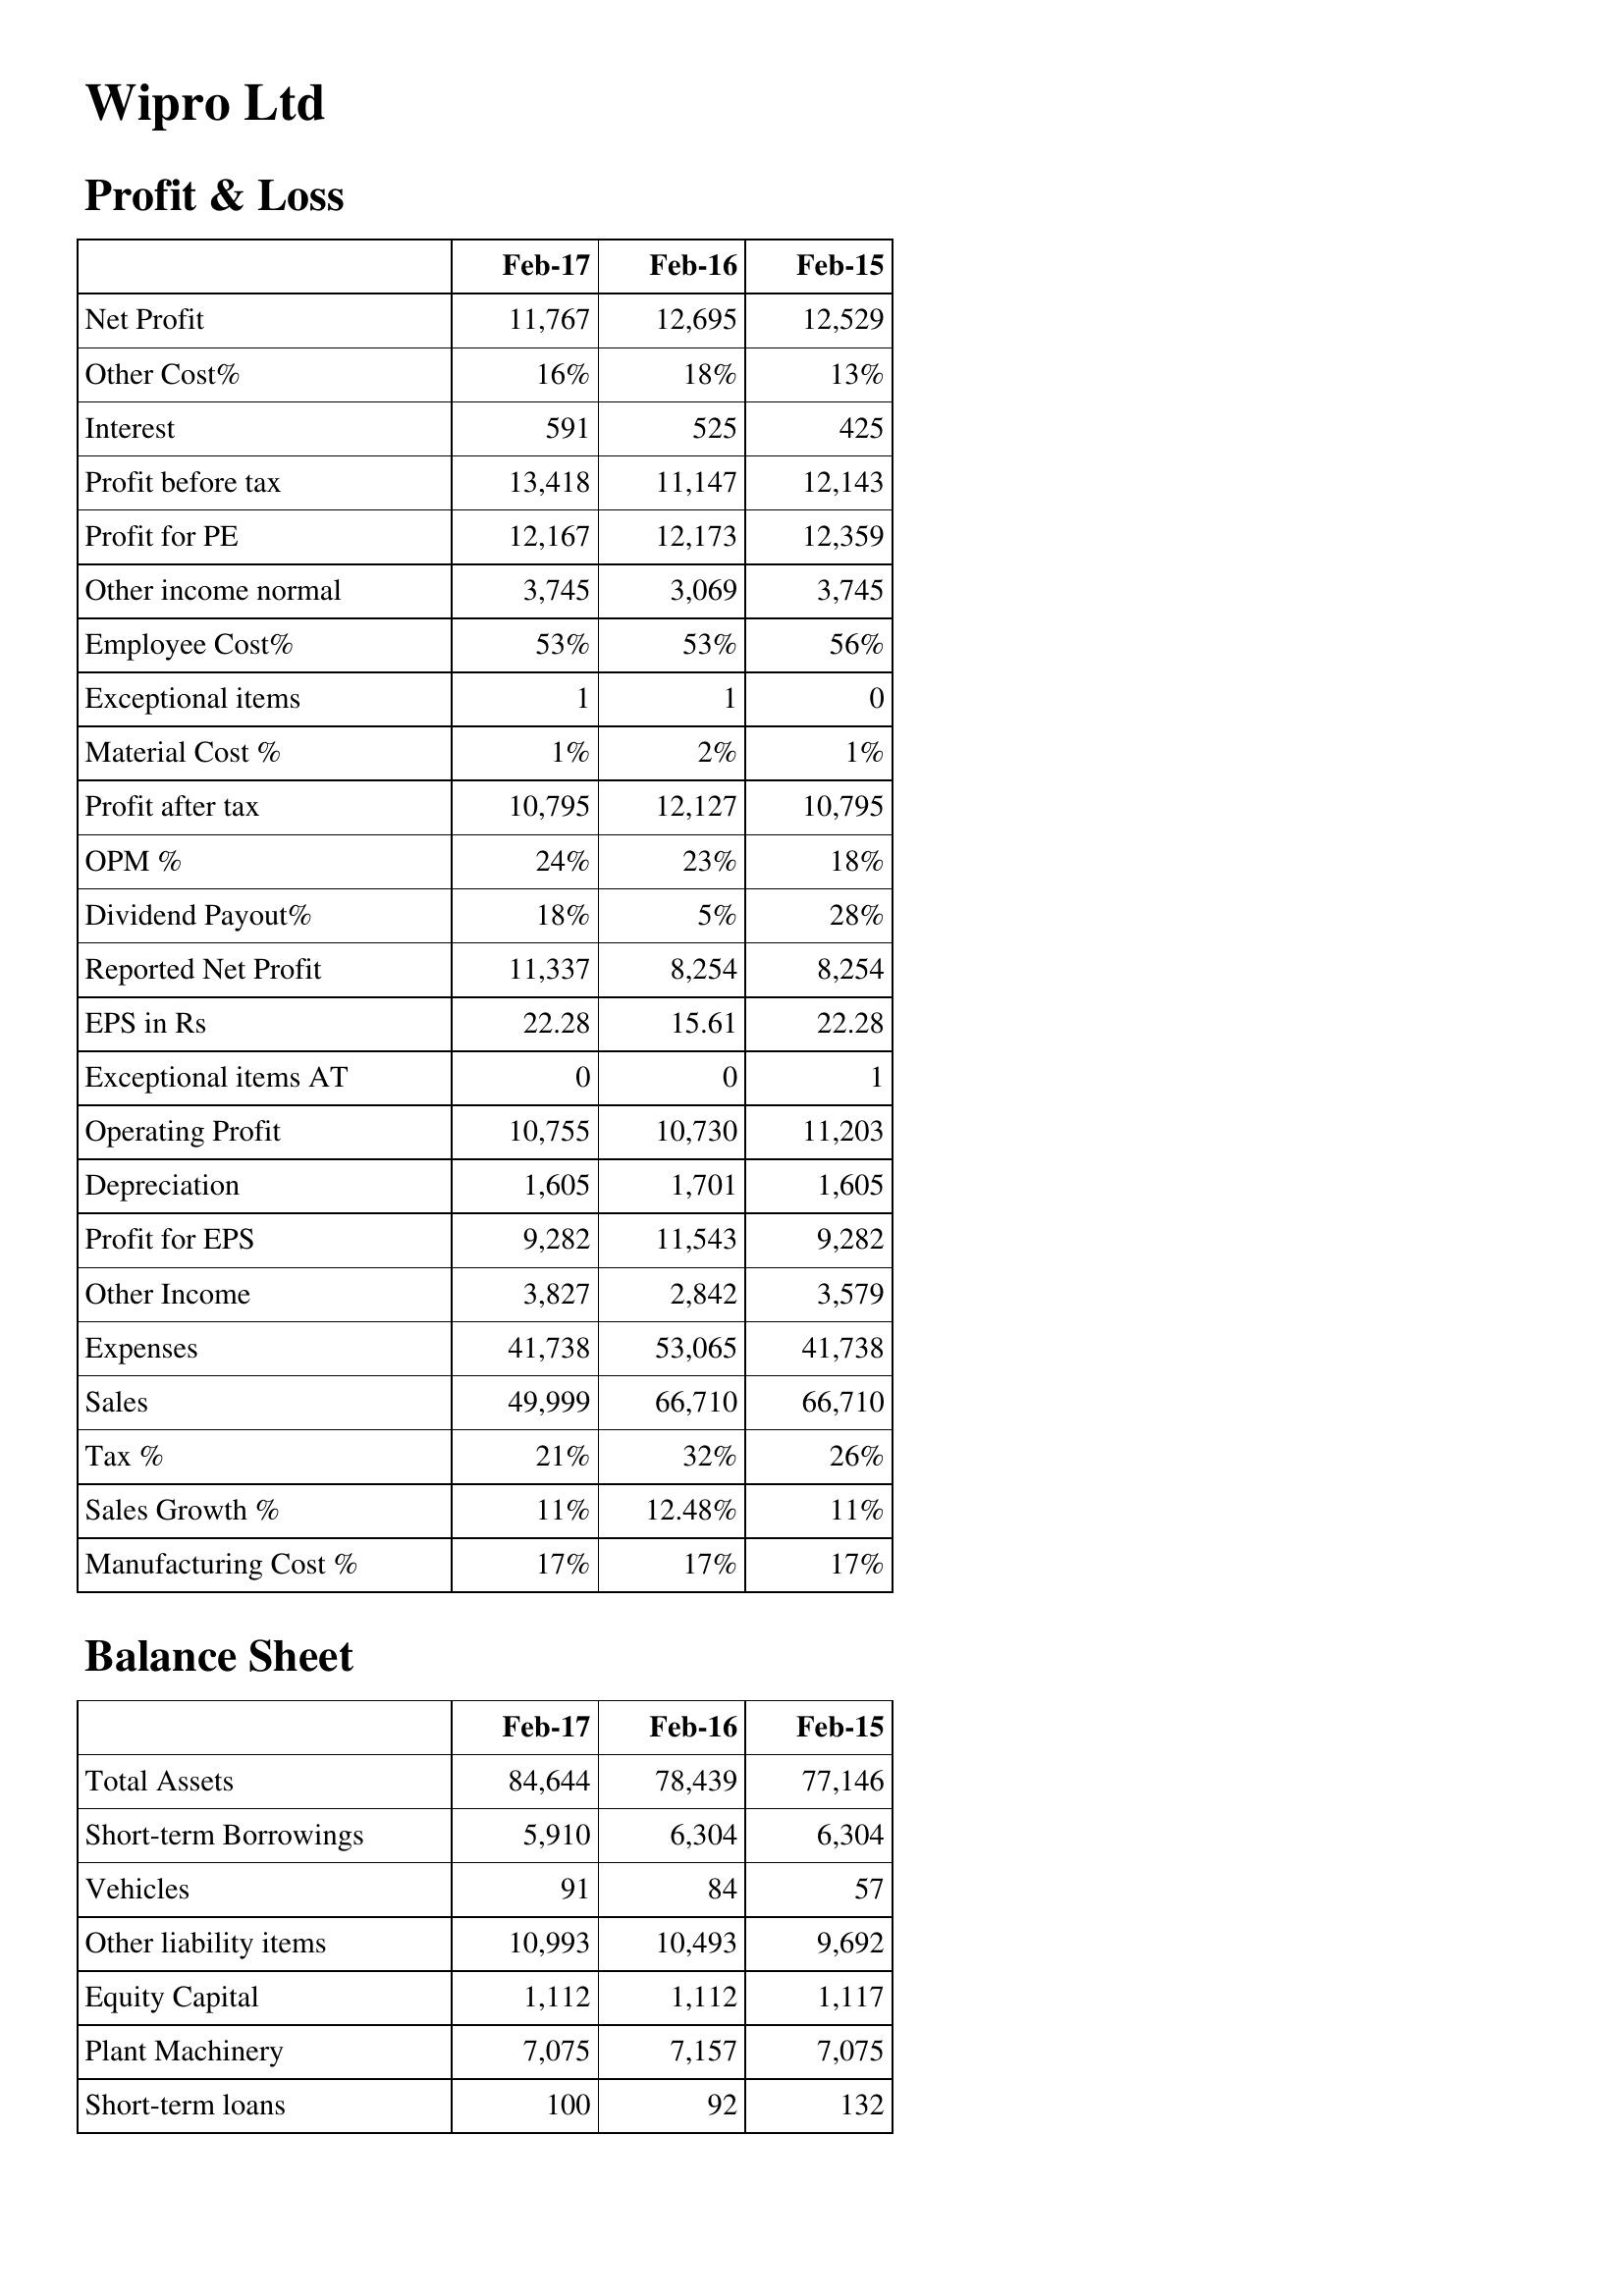
Feb-17: Profit & Loss: Net Profit: 11,767
Other Cost%: 16%
Interest: 591
Profit before tax: 13,418
Profit for PE: 12,167
Other income normal: 3,745
Employee Cost%: 53%
Exceptional items: 1
Material Cost %: 1%
Profit after tax: 10,795
OPM %: 24%
Dividend Payout%: 18%
Reported Net Profit: 11,337
EPS in Rs: 22.28
Exceptional items AT: 0
Operating Profit: 10,755
Depreciation: 1,605
Profit for EPS: 9,282
Other Income: 3,827
Expenses: 41,738
Sales: 49,999
Tax %: 21%
Sales Growth %: 11%
Manufacturing Cost %: 17%
Balance Sheet: Total Assets: 84,644
Short-term Borrowings: 5,910
Vehicles: 91
Other liability items: 10,993
Equity Capital: 1,112
Plant Machinery: 7,075
Short-term loans: 100
Feb-16: Profit & Loss: Net Profit: 12,695
Other Cost%: 18%
Interest: 525
Profit before tax: 11,147
Profit for PE: 12,173
Other income normal: 3,069
Employee Cost%: 53%
Exceptional items: 1
Material Cost %: 2%
Profit after tax: 12,127
OPM %: 23%
Dividend Payout%: 5%
Reported Net Profit: 8,254
EPS in Rs: 15.61
Exceptional items AT: 0
Operating Profit: 10,730
Depreciation: 1,701
Profit for EPS: 11,543
Other Income: 2,842
Expenses: 53,065
Sales: 66,710
Tax %: 32%
Sales Growth %: 12.48%
Manufacturing Cost %: 17%
Balance Sheet: Total Assets: 78,439
Short-term Borrowings: 6,304
Vehicles: 84
Other liability items: 10,493
Equity Capital: 1,112
Plant Machinery: 7,157
Short-term loans: 92
Feb-15: Profit & Loss: Net Profit: 12,529
Other Cost%: 13%
Interest: 425
Profit before tax: 12,143
Profit for PE: 12,359
Other income normal: 3,745
Employee Cost%: 56%
Exceptional items: 0
Material Cost %: 1%
Profit after tax: 10,795
OPM %: 18%
Dividend Payout%: 28%
Reported Net Profit: 8,254
EPS in Rs: 22.28
Exceptional items AT: 1
Operating Profit: 11,203
Depreciation: 1,605
Profit for EPS: 9,282
Other Income: 3,579
Expenses: 41,738
Sales: 66,710
Tax %: 26%
Sales Growth %: 11%
Manufacturing Cost %: 17%
Balance Sheet: Total Assets: 77,146
Short-term Borrowings: 6,304
Vehicles: 57
Other liability items: 9,692
Equity Capital: 1,117
Plant Machinery: 7,075
Short-term loans: 132